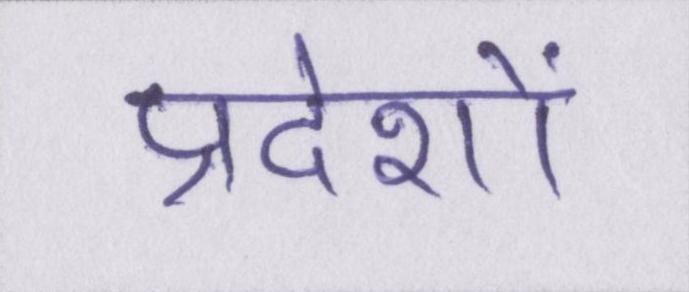
प्रदेशों